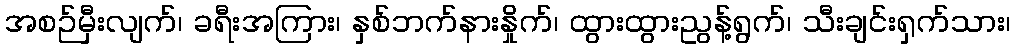
အစဉ်မှီးလျက်၊ ခရီးအကြား၊ နှစ်ဘက်နားနှိုက်၊ ထွားထွားညွန့်ရွက်၊ သီးချင်းရှက်သား၊